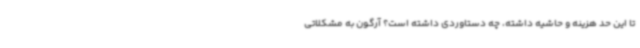
تا این حد هزینه و حاشیه داشته، چه دستاوردی داشته است؟ آرگون به مشکلاتی